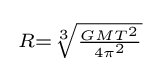
{\begin{smallmatrix}R={\sqrt[{3}]{\frac {GMT^{2}}{4\pi ^{2}}}}\end{smallmatrix}}